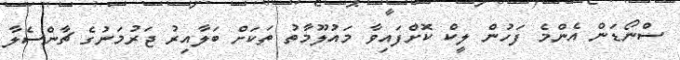
ސްނޯޑަން އެންމެ ފަހުން ލީކް ކޮށްފައިވާ މައުލޫމާތު ތަކަށް ބަލާއިރު ޖަރުމަނުގެ ޗާންސެލާ